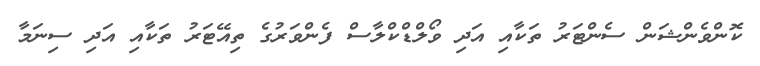
ކޮންވެންޝަން ސެންޓަރު ތަކާއި އަދި ވޯލްޑްކްލާސް ފެންވަރުގެ ތިއޭޓަރު ތަކާއި އަދި ސިނަމާ